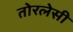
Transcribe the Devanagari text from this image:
तोरलेसी